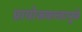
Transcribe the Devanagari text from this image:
प्रायोजकत्त्वामुळे